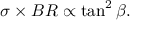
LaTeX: \sigma \times B R \propto \tan ^ { 2 } \beta .